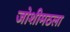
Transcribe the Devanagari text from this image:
जोशीमठला